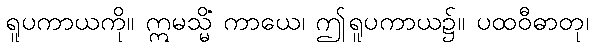
ရူပကာယကို။ ဣမသ္မိံ ကာယေ၊ ဤရူပကာယ၌။ ပထဝီဓာတု၊